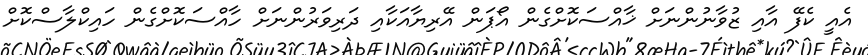
އެއީ ކެފޭ އާއި ޒުވާނުންނަށް ޚާއްސަކޮށްގެން އޯޕަން އޭރިޔާއަކާއި ދަރިވަރުންނަށް ހާއްސަކޮށްގެން ހައިކްލާސްކޮށް